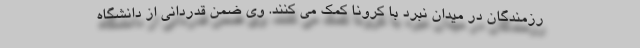
رزمندگان در میدان نبرد با کرونا کمک می کنند. وی ضمن قدردانی از دانشگاه